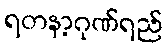
ရတနာ့ဂုဏ်ရည်